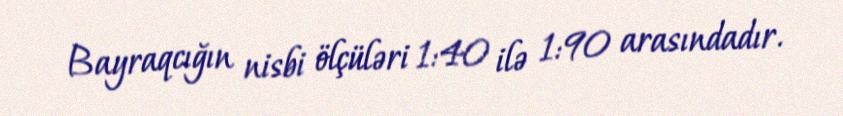
Bayraqcığın nisbi ölçüləri 1:40 ilə 1:90 arasındadır.